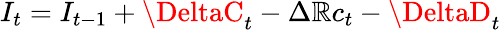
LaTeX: I_{t}=I_{t-1}+\DeltaC_{t}-\Delta\mathbb{R}c_{t}-\DeltaD_{t}